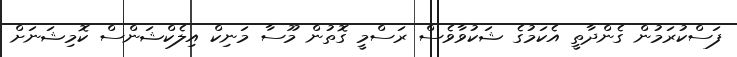
ފަސްކުރަމުން ގެންދާތީ އެކަމުގެ ޝަކުވާވެސް ރަސްމީ ގޮތުން މޫސާ މަނިކް އިލެކްޝަންސް ކޮމިޝަނަށް